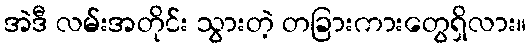
အဲဒီ လမ်းအတိုင်း သွားတဲ့ တခြားကားတွေရှိလား။